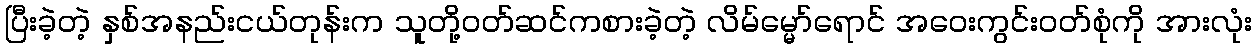
ပြီးခဲ့တဲ့ နှစ်အနည်းငယ်တုန်းက သူတို့ဝတ်ဆင်ကစားခဲ့တဲ့ လိမ်မ္မော်ရောင် အဝေးကွင်းဝတ်စုံကို အားလုံး